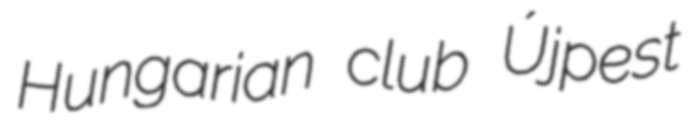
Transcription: Hungarian club Újpest